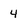
Character: 4